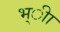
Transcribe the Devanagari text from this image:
भ्ीा